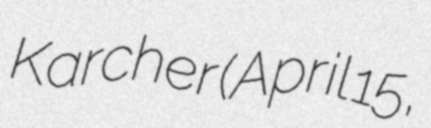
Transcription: Karcher (April 15,